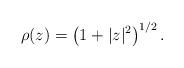
LaTeX: \begin{align*}\rho(z) = \left(1+|z|^2 \right)^{1/2}.\end{align*}